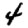
Digit: 4